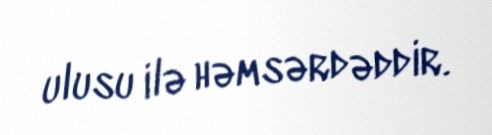
ulusu ilə həmsərdəddir.